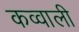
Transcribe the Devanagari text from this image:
कव्‍वाली